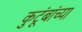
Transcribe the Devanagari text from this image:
कुटूंबांच्या